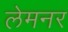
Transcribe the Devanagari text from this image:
लेमनर